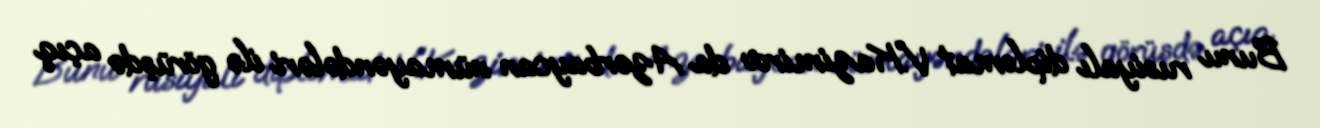
Bunu rusiyalı diplomat V.Kazimirov da Azərbaycan nümayəndələri ilə görüşdə açıq